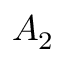
A _ { 2 }